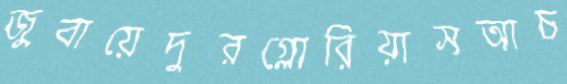
জুবায়েদুরগ্লোরিয়াসআচ